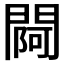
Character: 𨵌